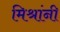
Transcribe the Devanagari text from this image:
मिश्रांनी